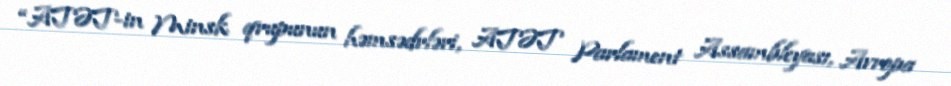
“ATƏT-in Minsk qrupunun həmsədrləri, ATƏT Parlament Assambleyası, Avropa